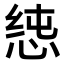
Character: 𭝉